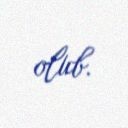
olub.